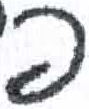
אות: פ